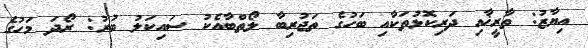
އިޔާޒު: ތާރީޚާއި ދަރިކޮޅުތަކާއި ބަހުގެ ތަޖުރިބާ ލޯތްބާއެކު ސައިކަލު ބުރު: ރޯދަ މަހުގެ